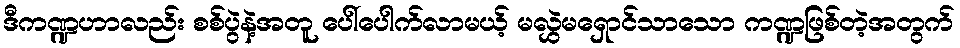
ဒီကဏ္ဍဟာလည်း စစ်ပွဲနဲ့အတူ ပေါ်ပေါက်လာမယ့် မလွှဲမရှောင်သာသော ကဏ္ဍဖြစ်တဲ့အတွက်